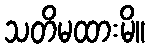
သတိမထားမိ။